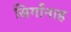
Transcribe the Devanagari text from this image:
सिर्गानाह